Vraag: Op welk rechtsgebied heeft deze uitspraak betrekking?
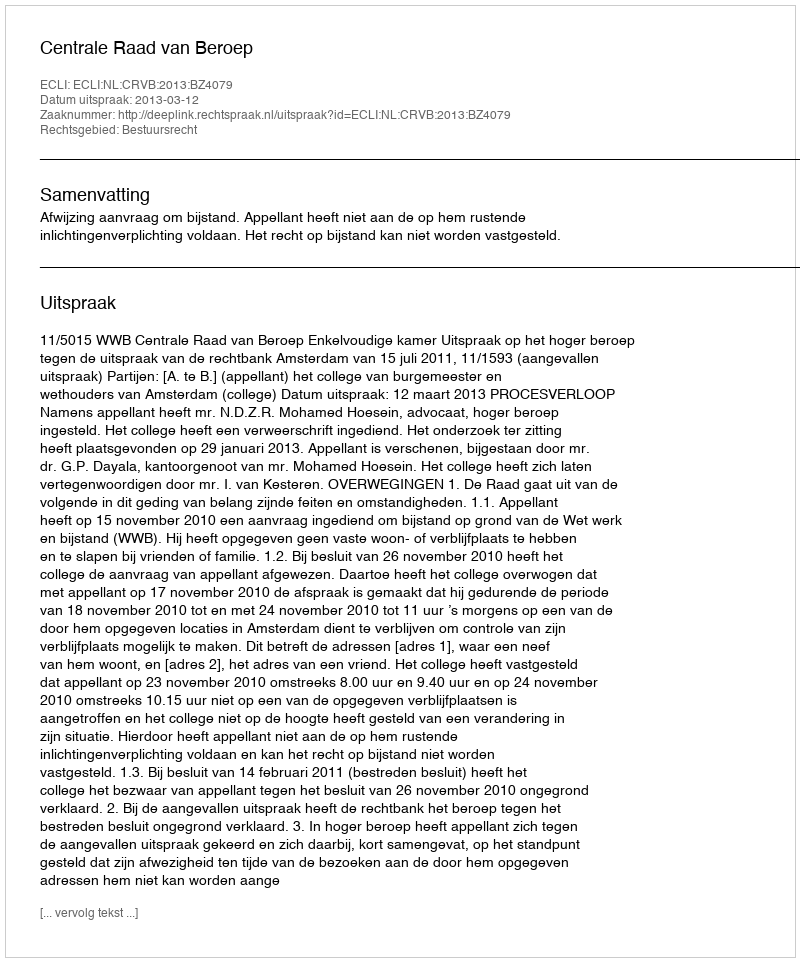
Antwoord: Bestuursrecht